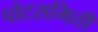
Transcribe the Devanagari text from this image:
पोटसमिती